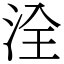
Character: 洤